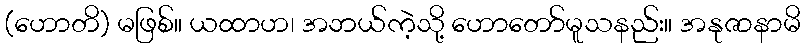
(ဟောတိ) မဖြစ်။ ယထာဟ၊ အဘယ်ကဲ့သို့ ဟောတော်မူသနည်း။ အနုဇာနာမိ